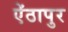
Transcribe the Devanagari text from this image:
ऐंठापुर